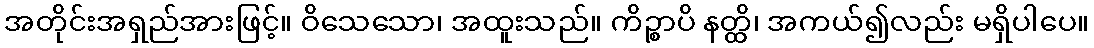
အတိုင်းအရှည်အားဖြင့်။ ဝိသေသော၊ အထူးသည်။ ကိဉ္စာပိ နတ္ထိ၊ အကယ်၍လည်း မရှိပါပေ။